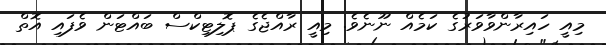
މިއީ ހައިރާންވާވަރުގެ ކަމެއް ނޫނެވެ. މިއީ ރާއްޖެގެ ޕޮލިޓިކްސް ބައްޓަން ވެފައި އޮތް